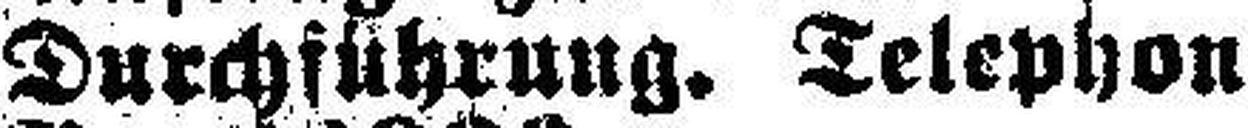
Durchführung. Telephon